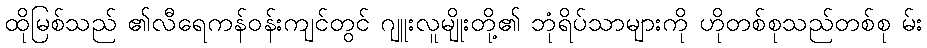
ထိုမြစ်သည် ၏လီရေကန်ဝန်းကျင်တွင် ဂျူးလူမျိုးတို့၏ ဘုံရိပ်သာများကို ဟိုတစ်စုသည်တစ်စု မ်း